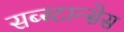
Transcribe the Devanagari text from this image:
सब्स्टान्सेस